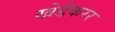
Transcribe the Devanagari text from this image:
खेडेकरर